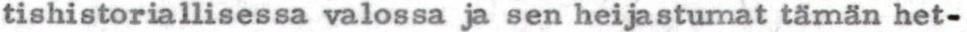
tishistoriallisessa valossa ja sen heijastumat tämän het-